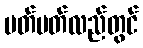
ပတ်ပတ်လည်တွင်